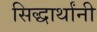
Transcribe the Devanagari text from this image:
सिद्धार्थांनी